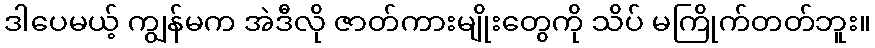
ဒါပေမယ့် ကျွန်မက အဲဒီလို ဇာတ်ကားမျိုးတွေကို သိပ် မကြိုက်တတ်ဘူး။